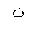
Letter: _non